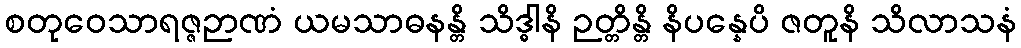
စတုဝေသာရဇ္ဇဉာဏံ ယမသာဓနန္တိ သိဒ္ဓါနိ ဉတ္တိန္တိ နိပန္နေပိ ဇတူနိ သိလာသနံ